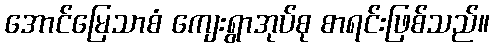
အောင်မြေသာစံ ကျေးရွာအုပ်စု စာရင်းဖြစ်သည်။